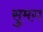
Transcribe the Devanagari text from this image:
सुमग